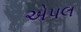
એપલ